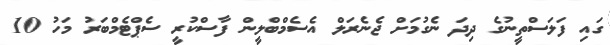
ގައި ފަލަސްތީނުގެ ދިދަ ނެގުމަށް ޖެނެރަލް އެސެމްބްލީން ފާސްކުރީ ސެޕްޓެމްބަރު މަހު 10